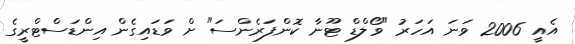
އެއީ 2006 ވަނަ އަހަރު "ވޯލްޑް ޓޫނާ ކޮންފަރެންސަ" ށް ވަޑައިގެން އިންޑަސްޓްރީގެ